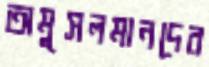
অমুসলমানদের